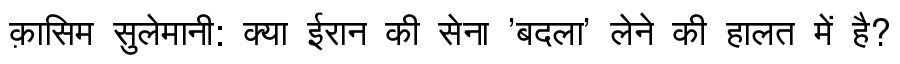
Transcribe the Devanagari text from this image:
क़ासिम सुलेमानी: क्या ईरान की सेना 'बदला' लेने की हालत में है?